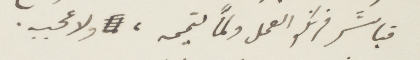
فباشر فرنكو العمل ولمّا لتميمه ولاعجبه.